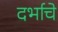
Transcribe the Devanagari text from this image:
दर्भाचे